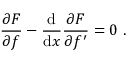
{ \frac { \partial F } { \partial f } } - { \frac { \mathrm { d } } { \mathrm { d } x } } { \frac { \partial F } { \partial f ^ { \prime } } } = 0 \ .